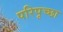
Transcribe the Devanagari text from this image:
परिपृच्छा